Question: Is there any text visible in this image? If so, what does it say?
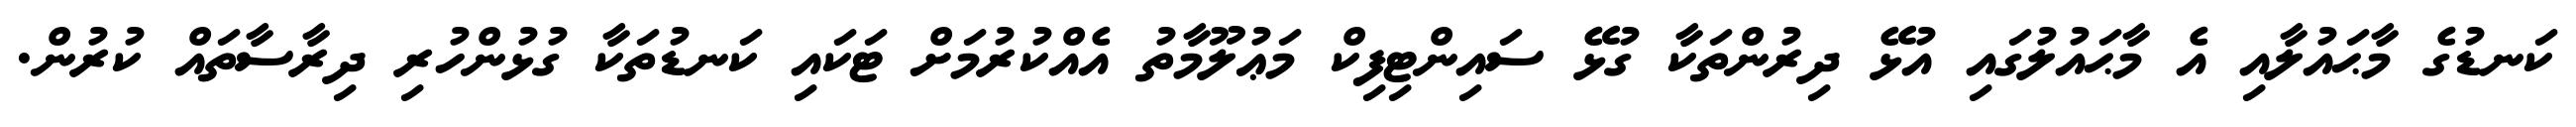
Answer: ކަނޑުގެ މާޙައުލާއި އެ މާޙައުލުގައި އުޅޭ ދިރުންތަކާ ގުޅޭ ސައިންޓިފިކް މަޢުލޫމާތު އެއްކުރުމަށް ޓަކައި ކަނޑުތަކާ ގުޅުންހުރި ދިރާސާތައް ކުރުން.